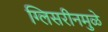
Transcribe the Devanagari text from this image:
ग्लिसरीनमुळे